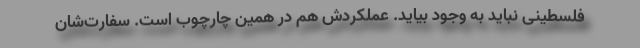
فلسطینی نباید به وجود بیاید. ‌عملکردش هم در همین چارچوب است. سفارت‌شان